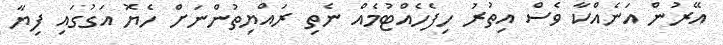
އޭރުން އަނެއްކާ ވެސް އިތުރު ހިފެހެއްޓުމެއް ނެތި ރައްޔިތުންނަށް ހެޔޮ އަގުގައި ފިޔާ